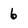
Character: 6